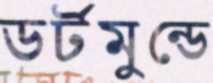
ডর্টমুন্ডে